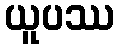
ယူပဿ